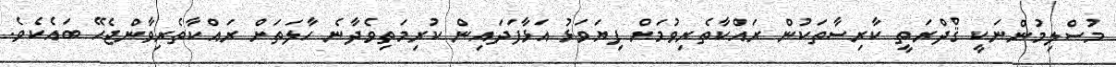
މުސްލިމުންނަކީ ޤްދްރަތީ ކާރިސާތަކުން ރައްކާތެރިވުމަށް ފިޔަވަޅު އަޅާފަދައިން ކުރިމަތިވެދާނެ ހާލަތަށް ރައްކާތެރިވާންޖެހޭ ބައެކެވެ.